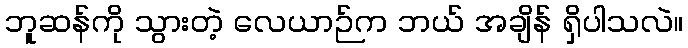
ဘူဆန်ကို သွားတဲ့ လေယာဉ်က ဘယ် အချိန် ရှိပါသလဲ။